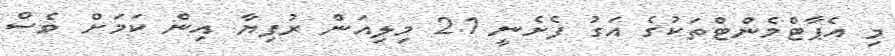
މި އެޕާޓްމެންޓްތަކުގެ އަގު ފެށެނީ 2.1 މިލިއަން ރުފިޔާ އިން ކަމަށް ވެސް